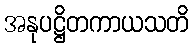
အနုပဋ္ဌိတကာယသတိ